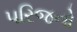
૫રિજનો